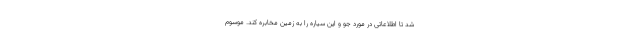
شد تا اطلاعاتی در مورد جو و این سیاره را به زمین مخابره کند. موسوم